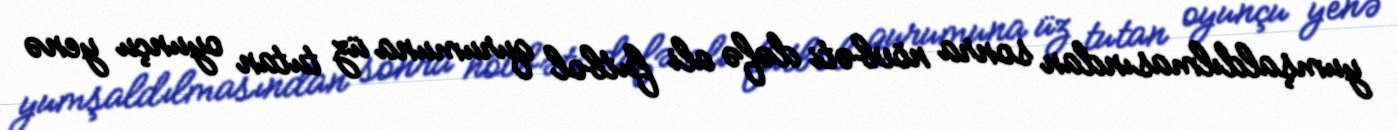
yumşaldılmasından sonra növbəti dəfə ali futbol qurumuna üz tutan oyunçu yenə